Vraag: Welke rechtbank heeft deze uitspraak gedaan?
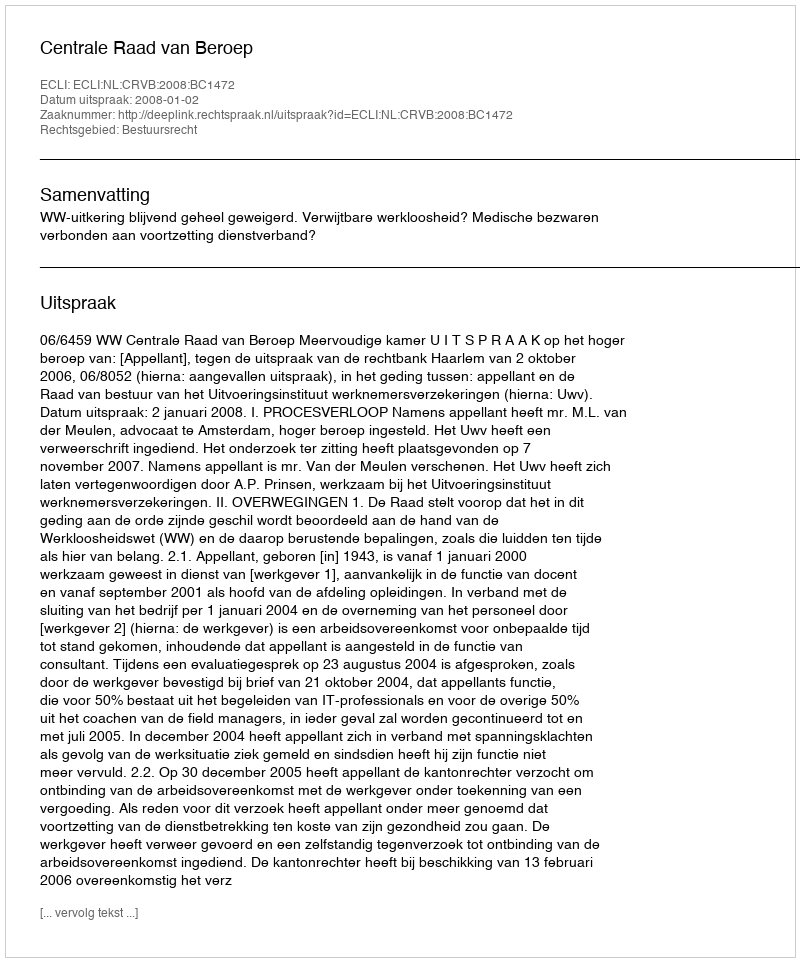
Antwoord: Centrale Raad van Beroep